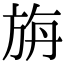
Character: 旃